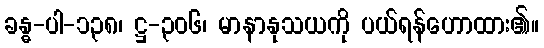
ခန္ဓ-ပါ-၁၃၈၊ ဋ္ဌ-၃၀၆၊ မာနာနုသယကို ပယ်ရန်ဟောထား၏။